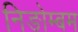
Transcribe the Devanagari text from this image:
निङोम्बम